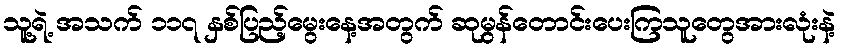
သူ့ရဲ့ အသက် ၁၁၇ နှစ်ပြည့်မွေးနေ့အတွက် ဆုမွန်တောင်းပေးကြသူတွေအားလုံးနဲ့